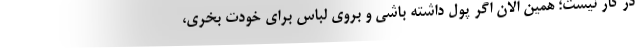
در کار نیست؛ همین الان اگر پول داشته باشی و بروی لباس برای خودت بخری،